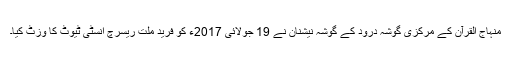
منہاج القرآن کے مرکزی گوشہ درود کے گوشہ نیشنان نے 19 جولائی 2017ء کو فرید ملت ریسرچ انسٹی ٹیوٹ کا وزٹ کیا۔